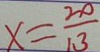
x = \frac { 2 0 } { 1 3 }